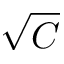
\sqrt { C }